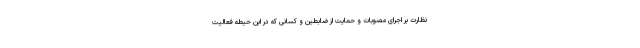
نظارت بر اجرای مصوبات و حمایت از ضابطین و کسانی که در این حیطه فعالیت